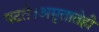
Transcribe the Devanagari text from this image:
पटते।अमृतातेही